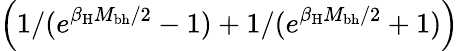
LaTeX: \left(1/(e^{\beta_{\mathrm{H}}M_{\mathrm{bh}}/2}-1)+1/(e^{\beta_{\mathrm{H}}M_{\mathrm{bh}}/2}+1)\right)